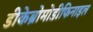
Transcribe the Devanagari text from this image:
डीकेब्रोमोडीफिनाइल